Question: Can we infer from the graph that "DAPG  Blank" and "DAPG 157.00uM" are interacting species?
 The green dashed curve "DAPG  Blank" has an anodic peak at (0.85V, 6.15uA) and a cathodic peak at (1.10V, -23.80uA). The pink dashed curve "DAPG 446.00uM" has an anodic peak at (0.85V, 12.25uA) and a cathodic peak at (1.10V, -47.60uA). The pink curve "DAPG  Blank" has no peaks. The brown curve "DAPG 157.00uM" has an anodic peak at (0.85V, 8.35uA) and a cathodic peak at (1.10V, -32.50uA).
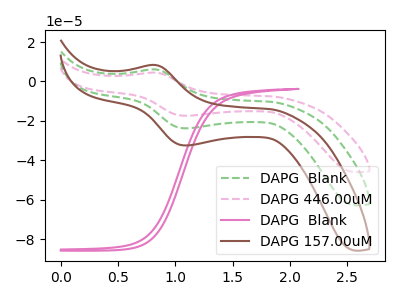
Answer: <think>"DAPG  Blank" and "DAPG 157.00uM" have a different number of peaks.
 </think>
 <answer>Yes, "DAPG  Blank" and "DAPG 157.00uM" are different in shape.</answer>
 <eval>yes_change</eval>